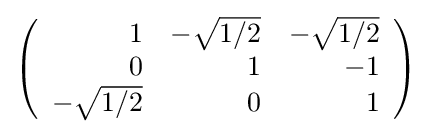
{\textstyle \left({\begin{array}{rrr}1&-{\sqrt {1/2}}&-{\sqrt {1/2}}\\0&1&-1\\-{\sqrt {1/2}}&0&1\\\end{array}}\right)}